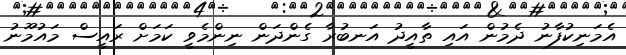
އެމަނިކުފާނު ދެމުން އައި ތާއީދު އަނބުރާ ގެންދަން ނިންމެވީ ކަމަށް ރައީސް މައުމޫނު